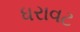
ધરાવટ